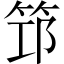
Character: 筇